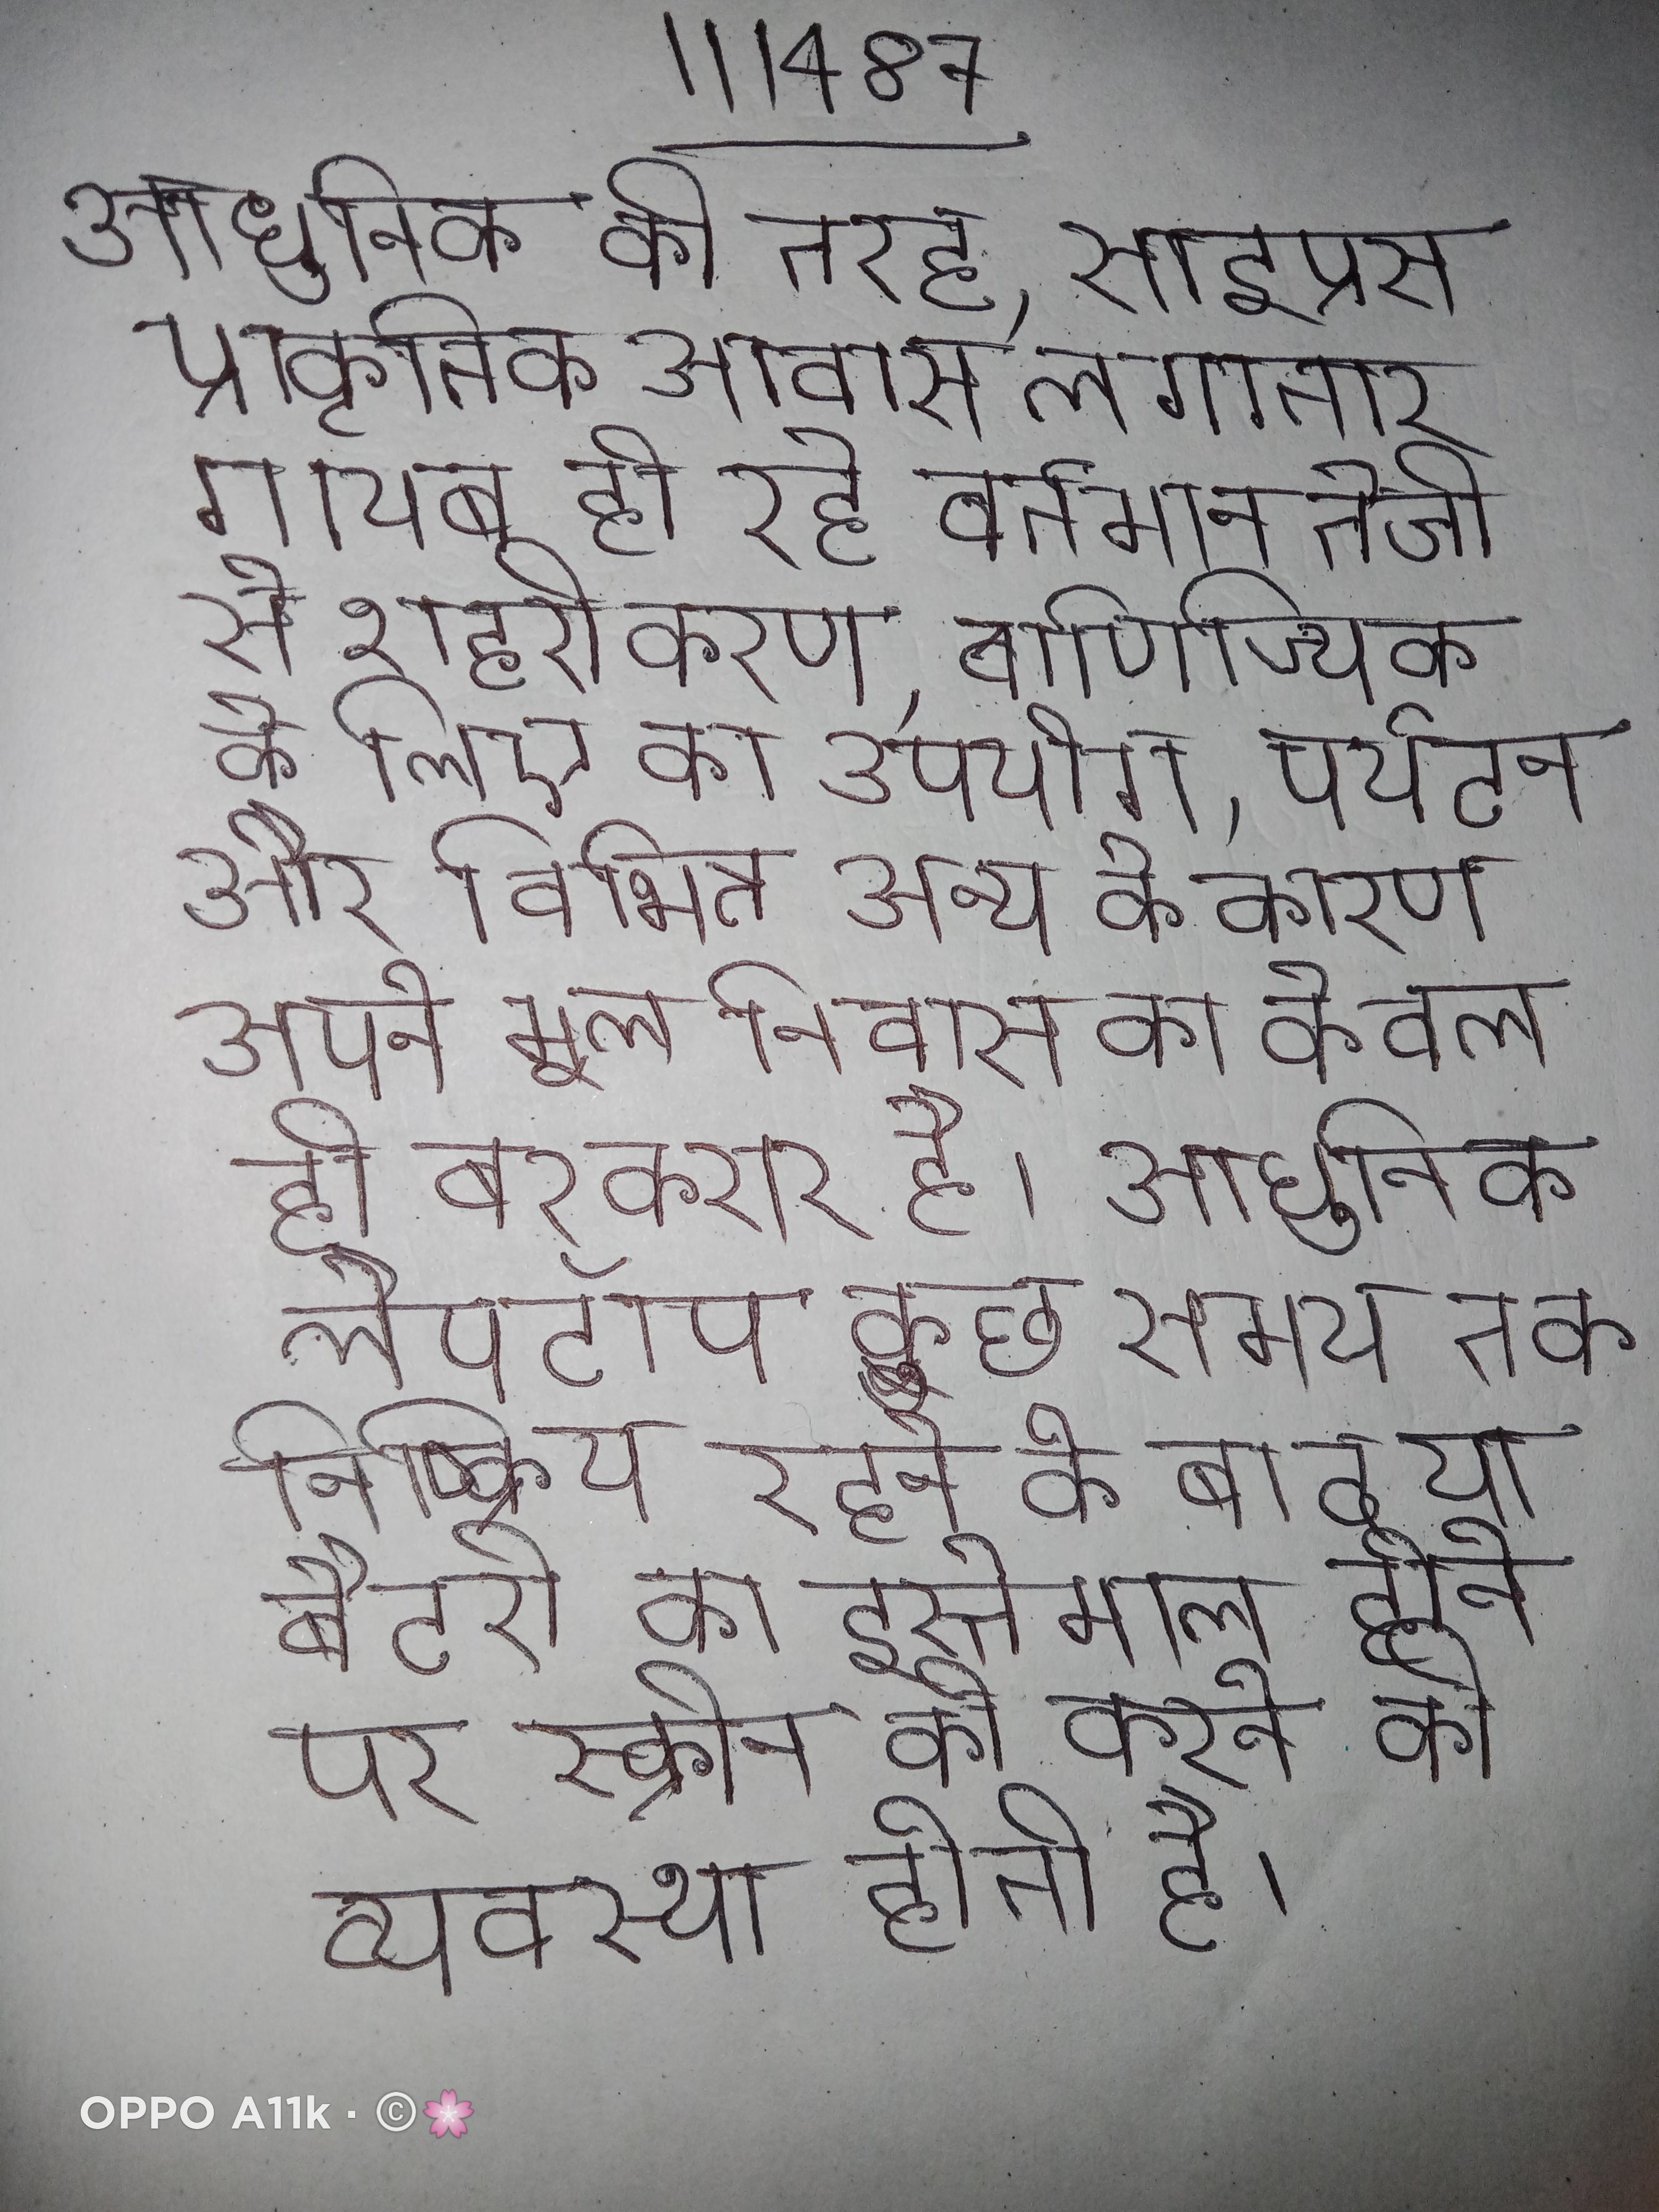
उरुग्वियन और बॉलरूम बहुत अलग-अलग तकनीक का उपयोग करते । झील की जलवायु (कोप्पन वर्गीकरण) है । अर्टेमिस का मन्दिर जिसे डाईना के मन्दिर भी कहॉ जाता है एक यूनानी मन्दिर और प्राचीन विश्व का सात आश्चर्यो से एक है ।